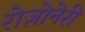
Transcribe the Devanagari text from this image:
रोज़ोनेरी